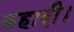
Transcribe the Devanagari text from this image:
कहादी।